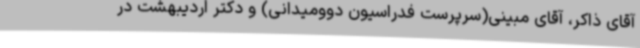
آقای ذاکر، آقای مبینی(سرپرست فدراسیون دوومیدانی) و دکتر اردیبهشت در